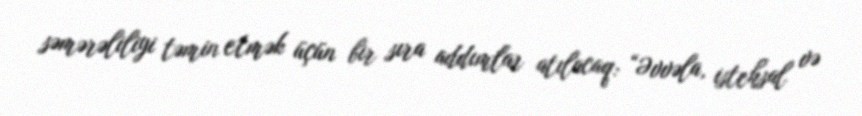
səmərəliliyi təmin etmək üçün bir sıra addımlar atılacaq: “Əvvəla, istehsal və